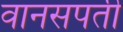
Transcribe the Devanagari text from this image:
वानसपती